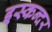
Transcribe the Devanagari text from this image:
इस्कन्दर